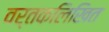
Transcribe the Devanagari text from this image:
वर्तकलिखित